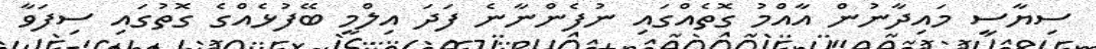
ސިޔާސީ މައިދާނުން އާއްމު ގޮތެއްގައި ނުފެންނާނެ ފަދަ އިލްމީ ބޭފުޅެއްގެ ގޮތުގައި ސިފަވާ